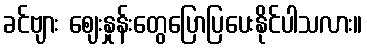
ခင်ဗျား ဈေးနှုန်းတွေပြောပြပေးနိုင်ပါသလား။